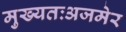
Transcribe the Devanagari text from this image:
मुख्यतःअजमेर